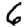
Digit: 6